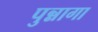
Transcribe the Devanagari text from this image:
पुन्नागा